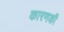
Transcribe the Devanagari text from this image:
कारणकी